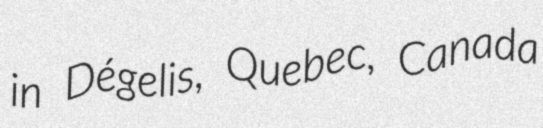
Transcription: in Dégelis, Quebec, Canada